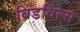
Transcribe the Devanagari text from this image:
बिडविल्स